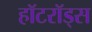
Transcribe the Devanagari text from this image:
हॉटरॉड्स